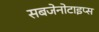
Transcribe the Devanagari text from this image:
सबजेनोटाइप्स